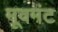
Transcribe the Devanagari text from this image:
मूवमंट